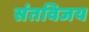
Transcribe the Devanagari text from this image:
संतविजय